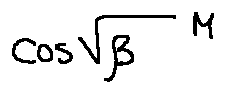
\cos \sqrt { \beta } ^ { M }